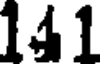
141